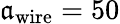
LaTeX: \mathfrak{a}_{\mathrm{{wire}}}=50